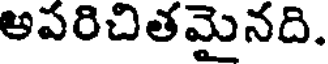
అపరిచితమైనది.